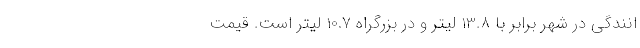
انندگی در شهر برابر با 13.8 لیتر و در بزرگراه 10.7 لیتر است. قیمت